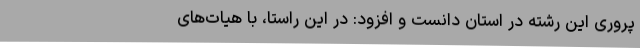
پروری این رشته در استان دانست و افزود: در این راستا، با هیات‌های